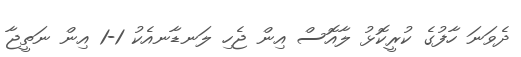
ދެވަނަ ހާފުގެ ކުރީކޮޅު ލާއޮސް އިން ޖެހި ލަނޑާނއެކު 1-1 އިން ނަތީޖާ